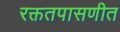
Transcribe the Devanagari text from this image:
रक्ततपासणीत